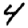
Digit: 4